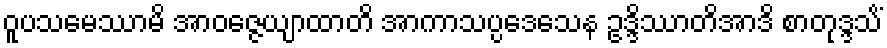
ဝူပသမေဿာမိ အာဝဇ္ဇေယျာထာတိ အာကာသပ္ပဒေသေန ဥဒ္ဒိဿာတိအာဒိ စာတုဒ္ဒသိံ